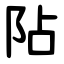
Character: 阽